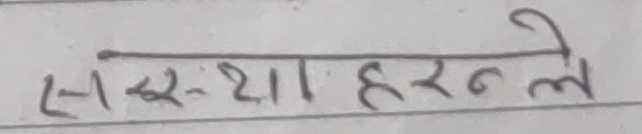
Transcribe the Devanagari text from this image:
सांस्था हरण ले